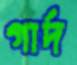
গার্দ